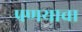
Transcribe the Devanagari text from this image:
प्रणयाचा